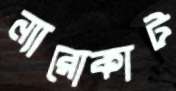
ন্যারোকাট